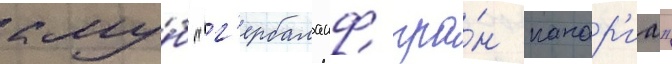
клу́б "г'ербалаиф гра́н канар'иа"